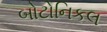
બોટોનિકલ